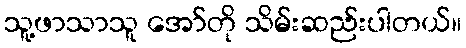
သူ့ဖာသာသူ အော်တို သိမ်းဆည်းပါတယ်။